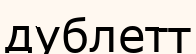
дублетт